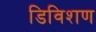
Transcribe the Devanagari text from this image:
डिविशण